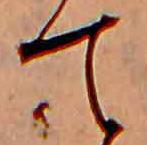
て